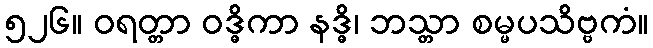
၅၂၆။ ဝရတ္တာ ဝဒ္ဓိကာ နဒ္ဓိ၊ ဘသ္တာ စမ္မပသိဗ္ဗကံ။